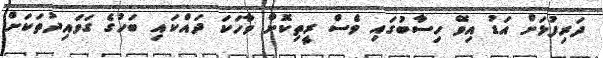
ދަރިފުޅަށް އަޑު އިވޭ ހިސާބުގައި ވެސް ރީތިކޮށް ވާހަކަ ދައްކައި ބަހުގެ ގަވައިދުތަކަށް